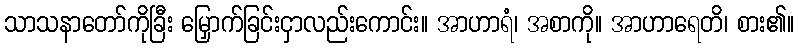
သာသနာတော်ကိုခြီး မြှောက်ခြင်းငှာလည်းကောင်း။ အာဟာရံ၊ အစာကို။ အာဟာရေတိ၊ စား၏။